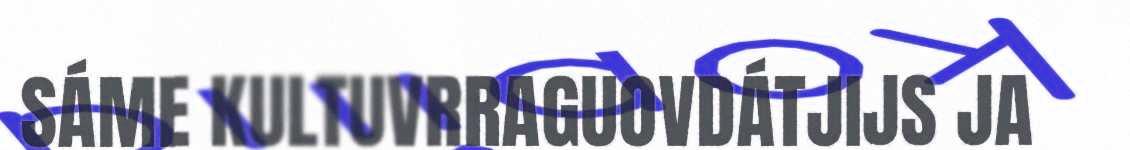
SÁME KULTUVRRAGUOVDÁTJIJS JA